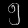
Digit: ၅